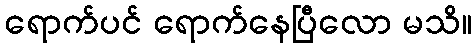
ရောက်ပင် ရောက်နေပြီလော မသိ။